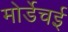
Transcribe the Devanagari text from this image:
मोर्डेचई